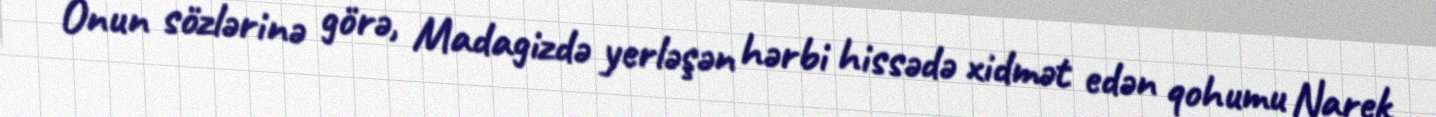
Onun sözlərinə görə, Madagizdə yerləşən hərbi hissədə xidmət edən qohumu Narek